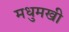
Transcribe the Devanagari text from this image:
मधुमखी